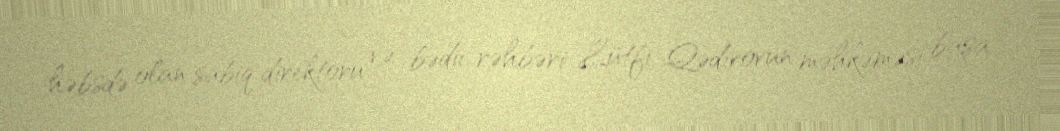
həbsdə olan sabiq direktoru və bədii rəhbəri Lütfi Qədirovun məhkəməsi başa